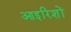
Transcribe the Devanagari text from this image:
आइरिशों